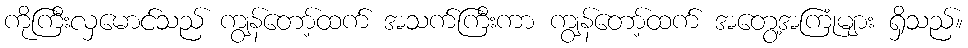
ကိုကြီးလှမောင်သည် ကျွန်တော့်ထက် အသက်ကြီးကာ ကျွန်တော့်ထက် အတွေ့အကြုံများ ရှိသည်။